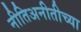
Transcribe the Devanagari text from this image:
नीतिअनीतीच्या